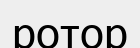
ротор